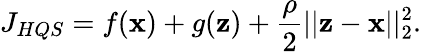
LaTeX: J_{HQS}=f(\textbf{x})+g(\textbf{z})+\frac{\rho}{2}||\textbf{z}-\textbf{x}||_{2}^{2}.